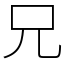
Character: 兄